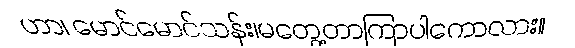
ဟာ၊ မောင်မောင်သန်း၊မတွေ့တာကြာပါကောလား။